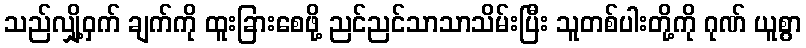
သည်လျှို့ဝှက် ချက်ကို ထူးခြားစေဖို့ ညင်ညင်သာသာသိမ်းပြီး သူတစ်ပါးတို့ကို ဂုဏ် ယူစွာ